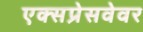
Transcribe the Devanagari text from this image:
एक्सप्रेसवेवर